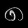
Digit: ၈